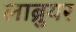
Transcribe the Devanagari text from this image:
लाब्रुयर